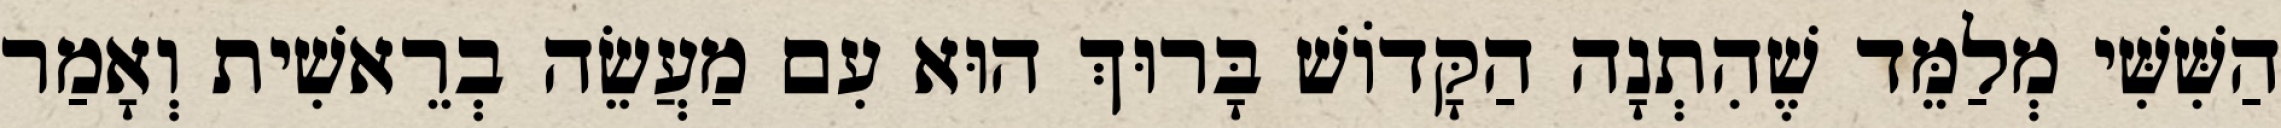
הַשִּׁשִּׁי מְלַמֵּד שֶׁהִתְנָה הַקָּדוֹשׁ בָּרוּךְ הוּא עִם מַעֲשֵׂה בְרֵאשִׁית וְאָמַר